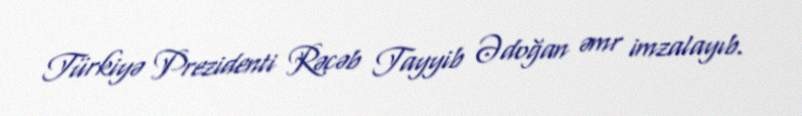
Türkiyə Prezidenti Rəcəb Tayyib Ədoğan əmr imzalayıb.